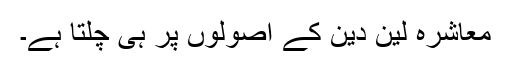
معاشرہ لین دین کے اصولوں پر ہی چلتا ہے۔